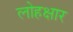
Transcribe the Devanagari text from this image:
लोहक्षार